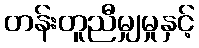
တန်းတူညီမျှမှုနှင့်